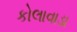
કોલાવાડા